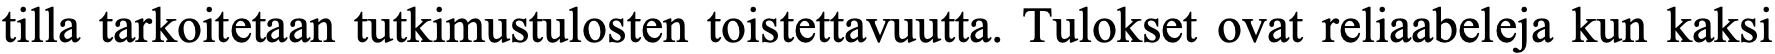
tilla tarkoitetaan tutkimustulosten toistettavuutta. Tulokset ovat reliaabeleja kun kaksi